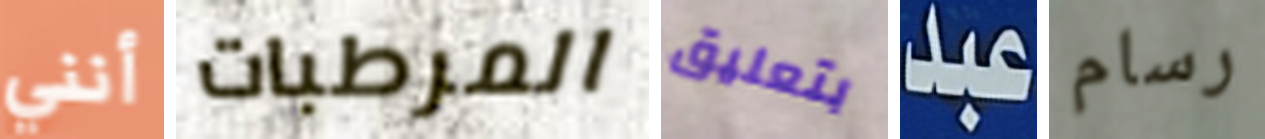
أنني المرطبات بتعليق عبد رسام